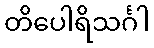
တိပေါရိသင်္ဂါ